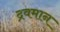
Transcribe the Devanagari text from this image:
द्रवमान